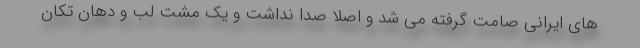
هاى ايرانى صامت گرفته مى شد و اصلاً صدا نداشت و يك مشت لب و دهان تكان